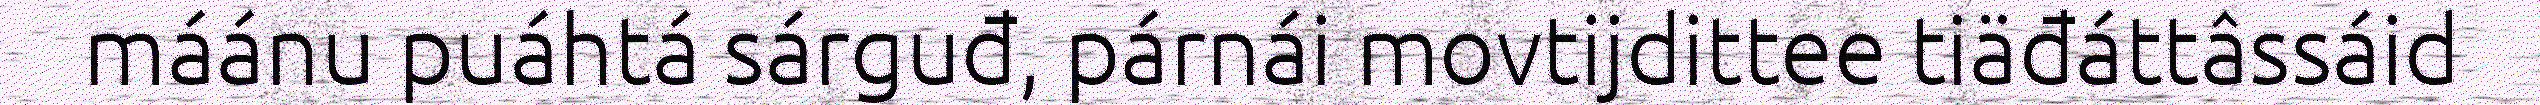
máánu puáhtá sárguđ, párnái movtijdittee tiäđáttâssáid